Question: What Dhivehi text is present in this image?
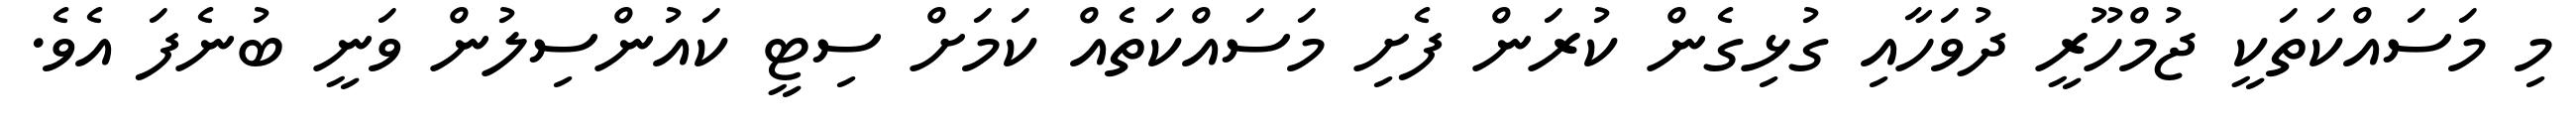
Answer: މި މަސައްކަތަކީ ޖުމްހޫރީ ދުވަހާއި ގުޅިގެން ކުރަން ފެށި މަސައްކަތެއް ކަމަށް ސިޓީ ކައުންސިލުން ވަނީ ބުނެފަ އެވެ.